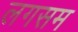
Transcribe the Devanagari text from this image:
लगसम